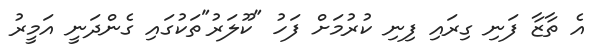
އެ ތާޒާ ފަނި ގިރައި ފިނި ކުރުމަށް ފަހު "ކޫލަރު"ތަކުގައި ގެންދަނީ އަމީރު